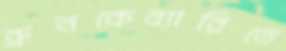
ব্রুনকেব্যারিতে